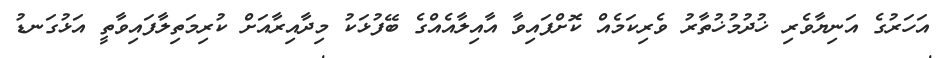
އަހަރުގެ އަނިޔާވެރި ޚުދުމުޚުތާރު ވެރިކަމެއް ކޮށްފައިވާ އާއިލާއެއްގެ ބޭފުޅަކު މިދާއިރާއަށް ކުރިމަތިލާފައިވާތީ އަޅުގަނޑު